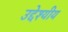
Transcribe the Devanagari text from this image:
उद्देश्यीय